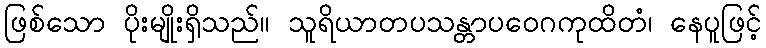
ဖြစ်သော ပိုးမျိုးရှိသည်။ သူရိယာတပသန္တာပဝေဂကုထိတံ၊ နေပူဖြင့်